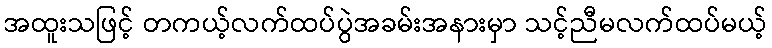
အထူးသဖြင့် တကယ့်လက်ထပ်ပွဲအခမ်းအနားမှာ သင့်ညီမလက်ထပ်မယ့်